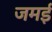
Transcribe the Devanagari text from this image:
जमई